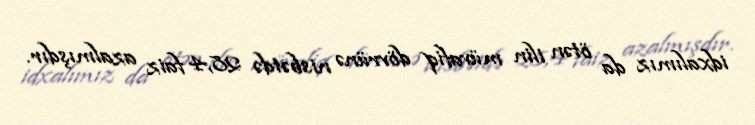
idxalımız da ötən ilin müvafiq dövrünə nisbətdə 28,4 faiz azalmışdır.